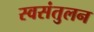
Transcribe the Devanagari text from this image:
स्वसंतुलन